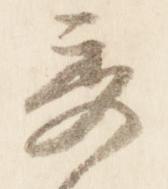
秀